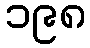
၁၉၈